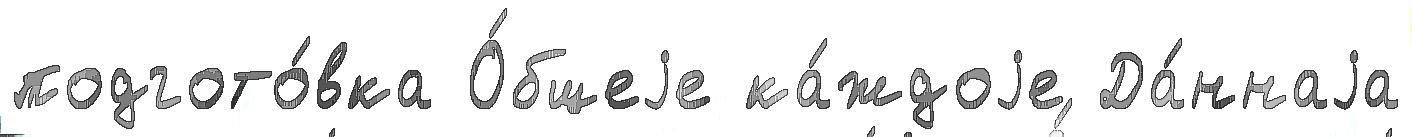
подгото́вка О́бщеjе ка́ждоjе Да́ннаjа